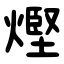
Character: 熞